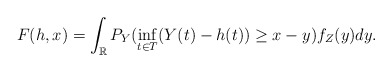
\begin{align*}F(h,x)= \int_{\mathbb{R}}P_Y(\inf_{t \in T}(Y(t) -h(t)) \ge x-y)f_Z(y)dy. \end{align*}